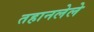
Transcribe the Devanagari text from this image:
तहानलेले